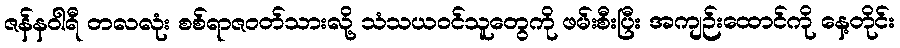
ဇန်နဝါရီ တလလုံး စစ်ရာဇဝတ်သားလို့ သံသယဝင်သူတွေကို ဖမ်းစီးပြီး အကျဉ်းထောင်ကို နေ့တိုင်း